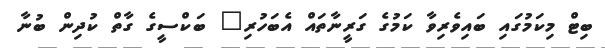
ބިޓް މިކަމުގައި ބައިވެރިވާ ކަމުގެ ގަރީނާތައް އެބަހުރި" ބަކްސީގެ ގާތް ކުދިން ބުނާ